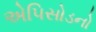
એપિસોડનો